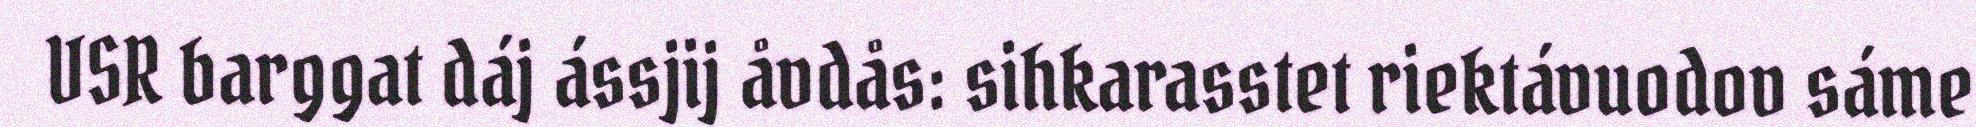
VSR barggat dáj ássjij åvdås: sihkarasstet riektávuodov sáme